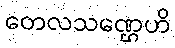
တေလသဏ္ဌေဟိ